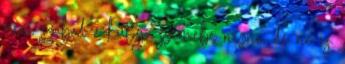
nem szabad a kutya szemébe nézni, de ne is